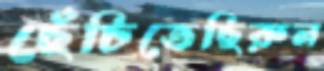
ছেঁচিতেছিরুল